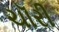
ચૉરી